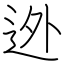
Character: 迯